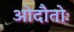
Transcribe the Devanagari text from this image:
ओदौतोः